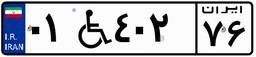
۰۱W۴۰۲۷۶